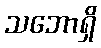
သဘောရှိ